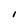
Character: 1